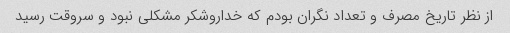
از نظر تاریخ مصرف و تعداد نگران بودم که خداروشکر مشکلی نبود و سروقت رسید